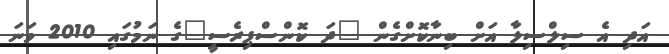
އަދި އެ ސިލްސިލާ އަށް ބިނާކޮށްގެން "ދަ ކޮންސްޕިރެސީ"ގެ ނަމުގައި 2010 ވަނަ